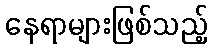
နေရာများဖြစ်သည့်